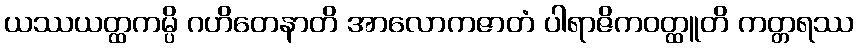
ယဿယတ္ထကမ္ပိ ဂဟိတေနာတိ အာလောကဇာတံ ပါရာဇိကဝတ္ထူတိ ကတ္တရဿ